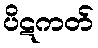
ပိဋကတ်